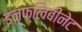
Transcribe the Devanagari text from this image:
इनफ्लिबीनेट